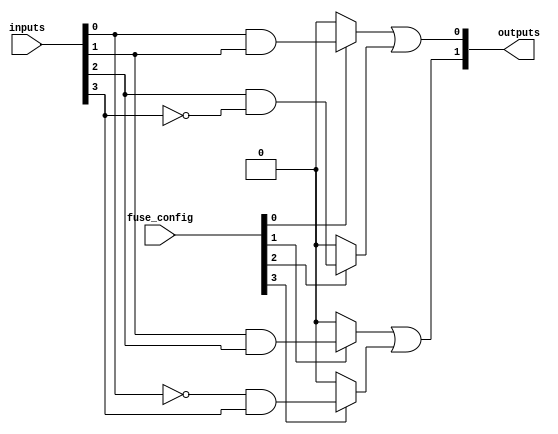
module FusedPAL #(parameter N = 4,  // Number of inputs
                  parameter M = 2,  // Number of outputs
                  parameter NUM_AND_GATES = 4) // Number of programmable AND gates
(
    input  [N-1:0]  inputs,      // Input signals
    input  [NUM_AND_GATES-1:0]  fuse_config, // Fuse configuration (1 for connected, 0 for blown)
    output [M-1:0]  outputs       // Output signals
);

    // Internal wires for the outputs of the AND gates
    wire [NUM_AND_GATES-1:0] and_outputs;

    // Programmable AND array
    generate
        genvar i;
        for (i = 0; i < NUM_AND_GATES; i = i + 1) begin: and_gates
            // Assuming a simple case where each AND gate connects specific input combinations
            case (i)
                0: assign and_outputs[i] = fuse_config[i] ? (inputs[0] & inputs[1]) : 1'b0;
                1: assign and_outputs[i] = fuse_config[i] ? (inputs[1] & inputs[2]) : 1'b0;
                2: assign and_outputs[i] = fuse_config[i] ? (inputs[2] & ~inputs[3]) : 1'b0;
                3: assign and_outputs[i] = fuse_config[i] ? (~inputs[0] & inputs[3]) : 1'b0;
                default: assign and_outputs[i] = 1'b0; // Default case
            endcase
        end
    endgenerate

    // Fixed OR array
    assign outputs[0] = and_outputs[0] | and_outputs[2]; // OR gate for output 0
    assign outputs[1] = and_outputs[1] | and_outputs[3]; // OR gate for output 1

endmodule